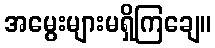
အမွေးများမရှိကြချေ။